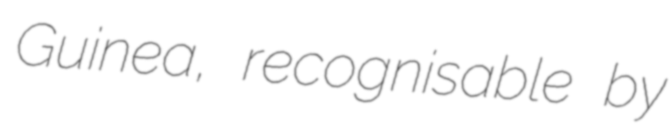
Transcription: Guinea, recognisable by